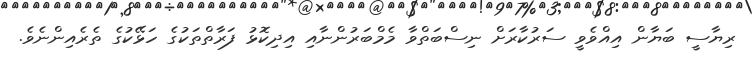
ރިޔާސީ ބަޔާން އިއްވެވީ ސަރުކާރަށް ނިސްބަތްވާ މެމްބަރުންނާއި އިދިކޮޅު ފަރާތްތަކުގެ ހަޅޭކުގެ ތެރެއިންނެވެ.